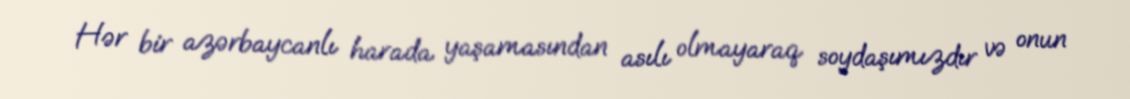
Hər bir azərbaycanlı harada yaşamasından asılı olmayaraq soydaşımızdır və onun